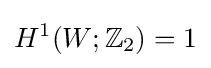
H^{1}(W;\mathbb {Z} _{2})=1